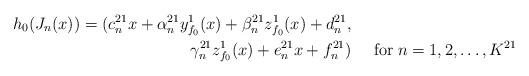
LaTeX: \begin{align*}h_{0}(J_{n}(x))= (c_{n}^{21}x + \alpha_{n}^{21}y_{f_{0}}^{1}(x)+ \beta_{n}^{21}z_{f_{0}}^{1}(x)+ d_{n}^{21}, &&\\\gamma_{n}^{21}z_{f_{0}}^{1}(x)+ e_{n}^{21}x+ f_{n}^{21}) && \; \mathrm{for} \; n=1, 2, \ldots, K^{21}\end{align*}